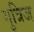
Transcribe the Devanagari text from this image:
गुत्रिज